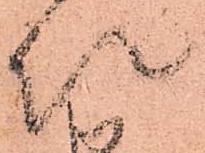
以